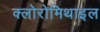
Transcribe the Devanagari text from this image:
क्लोरोमिथाइल